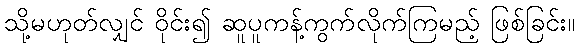
သို့မဟုတ်လျှင် ဝိုင်း၍ ဆူပူကန့်ကွက်လိုက်ကြမည့် ဖြစ်ခြင်း။